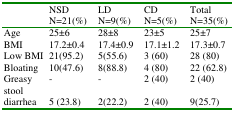
<table><thead><tr><td></td><td><b>NSDN=21(%)</b></td><td><b>LDN=9(%)</b></td><td><b>CDN=5(%)</b></td><td><b>TotalN=35(%)</b></td></tr></thead><tbody><tr><td>Age </td><td>25±6</td><td>28±8</td><td>23±5</td><td>25±7</td></tr><tr><td>BMI</td><td>17.2±0.4</td><td>17.4±0.9</td><td>17.1±1.2</td><td>17.3±0.7</td></tr><tr><td>Low BMI</td><td>21(95.2)</td><td>5(55.6)</td><td>3 (60)</td><td>28 (80)</td></tr><tr><td>Bloating</td><td>10(47.6)</td><td>8(88.8)</td><td>4 (80)</td><td>22 (62.8)</td></tr><tr><td>Greasy stool</td><td>-</td><td>-</td><td>2 (40)</td><td>2 (40)</td></tr><tr><td>diarrhea</td><td>5 (23.8)</td><td>2(22.2)</td><td>2 (40)</td><td>9(25.7)</td></tr></tbody></table>